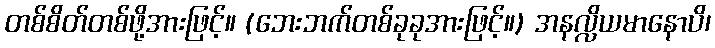
တစ်စိတ်တစ်ဖို့အားဖြင့်။ (ဘေးဘက်တစ်ခုခုအားဖြင့်။) အနလ္လိယမာနောပိ၊